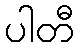
ပါတီ